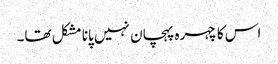
اس کا چہرہ پہچان نہیں پانا مشکل تھا۔